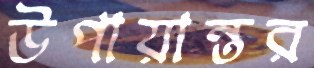
উপায়ান্তর